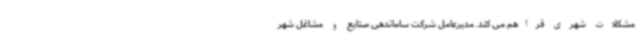
مشکلات شهری فراهم می کند. مدیرعامل شرکت ساماندهی صنایع و مشاغل شهر